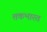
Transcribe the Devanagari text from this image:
तकभारत